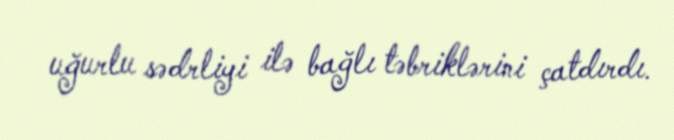
uğurlu sədrliyi ilə bağlı təbriklərini çatdırdı.